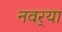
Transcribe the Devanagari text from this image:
नवर्‍या